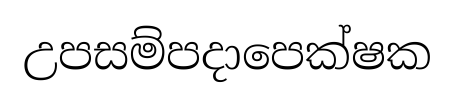
උපසම්පදාපෙක්ෂක